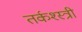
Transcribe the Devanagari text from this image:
तर्कश्स्त्री